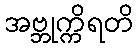
အဗ္ဘုက္ကိရတိ